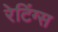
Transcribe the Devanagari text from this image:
रेटिंग्‍स